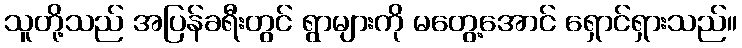
သူတို့သည် အပြန်ခရီးတွင် ရွာများကို မတွေ့အောင် ရှောင်ရှားသည်။